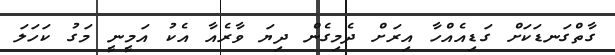
ގާތްގަނޑަކަށް ގަޑިއެއްހާ އިރަށް ދެމިގެން ދިޔަ ވާރެއާ އެކު އަމީނީ މަގު ކަހަލަ